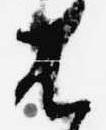
は